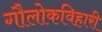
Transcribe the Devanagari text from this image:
गौलोकविहारी